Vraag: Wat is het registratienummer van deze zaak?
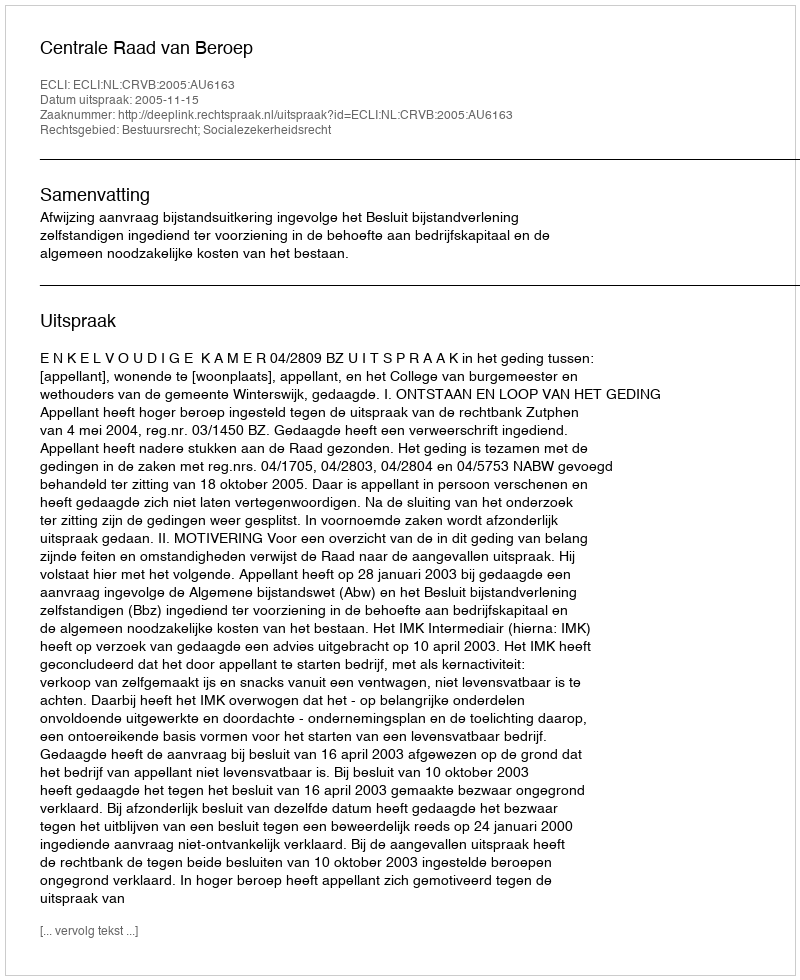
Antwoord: http://deeplink.rechtspraak.nl/uitspraak?id=ECLI:NL:CRVB:2005:AU6163